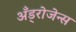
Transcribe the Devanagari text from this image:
अँड्रोजेन्स